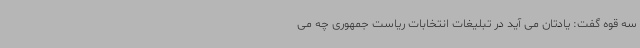
سه قوه گفت: یادتان می آید در تبلیغات انتخابات ریاست جمهوری چه می